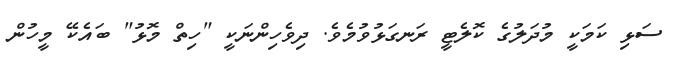
ސަޅި ކަމަކީ މުދަލުގެ ކޮލެޓީ ރަނގަޅުވުމެވެ. ދިވެހިންނަކީ "ހިތް މޮޅު" ބައެކޭ މީހުން